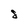
Character: S